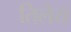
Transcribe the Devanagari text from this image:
तिलैय